Punjab Mental Hospital Lahore 1922-31 - 1922-1931
Year: 1922
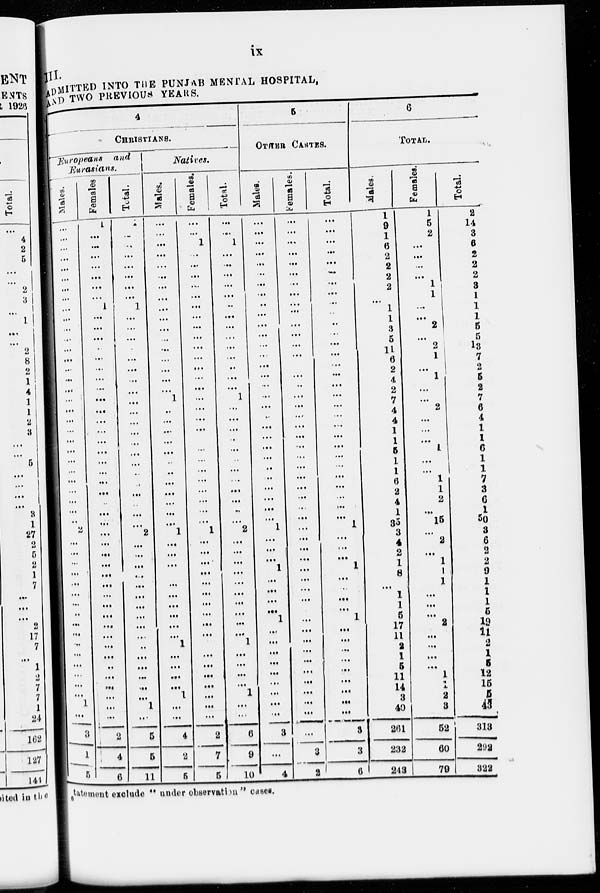
ix
III.
ADMITTED INTO THE PUNJAB MENTAL HOSPITAL,
AND TWO PREVIOUS YEARS.
4
CHRISTIANS.
Europeane
and
Eurasians.
Males.
...
...
...
...
...
...
...
...
...
...
...
...
...
...
...
...
...
...
...
...
...
...
...
...
...
...
...
...
...
...
2
...
...
...
...
...
...
...
...
...
...
...
...
...
...
...
...
1
...
3
1
5
Females.
1
...
...
...
...
...
...
...
1
...
...
...
...
...
...
...
...
...
...
...
...
...
...
...
...
...
...
..
...
...
...
...
...
...
...
...
...
...
...
...
...
...
...
...
...
...
...
...
...
2
4
6
Total.
1
...
...
...
...
...
...
...
1
...
...
...
...
...
...
...
...
...
...
...
...
...
...
...
...
...
...
...
...
...
2
...
...
...
...
...
...
...
...
...
...
...
...
...
...
...
...
1
...
5
5
11
Natives.
Males.
...
...
...
...
...
...
...
...
...
...
...
...
...
...
...
...
...
1
...
...
...
...
...
...
...
...
...
...
...
1
...
...
...
...
...
...
...
...
...
...
1
...
...
...
...
1
...
...
4
2
5
Females.
...
...
1
...
...
...
...
...
...
...
...
...
...
...
...
...
...
...
...
...
...
...
...
...
...
...
...
...
...
...
1
...
...
...
...
...
...
...
...
...
...
...
...
...
...
...
...
...
...
2
7
5
Total.
...
...
1
...
...
...
...
...
...
...
...
...
...
...
...
...
...
1
...
...
...
...
...
...
...
....
...
...
...
...
2
...
...
...
...
...
...
...
...
...
...
1
...
...
...
...
1
...
...
6
9
10
5
OTHER CASTES.
Males.
...
...
...
...
...
...
...
...
...
...
...
...
...
...
...
...
...
...
...
...
...
...
...
...
...
...
...
...
...
...
1
...
...
...
1
...
...
...
...
1
...
...
...
...
...
...
...
...
...
3
...
4
Females.
...
...
...
...
...
...
...
...
...
...
...
...
...
...
...
...
...
...
...
...
...
...
...
...
...
...
...
...
...
...
...
...
...
...
...
...
...
...
...
...
...
...
...
...
...
...
...
...
...
...
3
2
Total.
...
...
...
...
...
...
...
...
...
...
...
...
...
...
...
...
...
...
...
...
...
...
...
...
...
...
...
...
...
...
1
...
...
...
1
...
...
...
...
1
...
...
...
...
...
...
...
...
...
3
3
6
6
TOTAL.
Males.
1
9
1
6
2
2
2
2
...
1
1
3
5
11
6
2
4
2
7
4
4
1
1
5
1
1
6
2
4
1
35
3
4
2
1
8
...
1
1
5
17
11
2
1
5
11
14
3
40
261
282
243
Females.
1
5
2
...
...
...
...
1
1
...
...
2
...
2
1
...
1
...
...
2
...
...
...
1
...
...
1
1
2
...
15
...
2
...
1
1
1
...
...
...
2
...
...
...
...
1
1
2
3
52
60
79
Total.
2
14
3
6
2
2
2
3
1
1
1
5
5
13
7
2
5
2
7
6
4
1
1
6
1
1
7
3
6
1
50
3
6 2
2
9
1
1
1
5
19
11
2
1
5
12
15
5
43
313
292
322
statement exclude " under observation " cases.